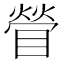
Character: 䁝